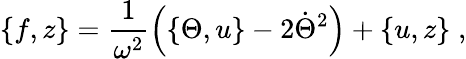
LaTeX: \{ f,z\} =\frac{1}{\omega^{2}}\left(\{ \Theta,u\} -2\dot{\Theta}^{2}\right)+\{ u,z\} \; ,